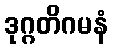
ဒုဂ္ဂတိဂမနံ